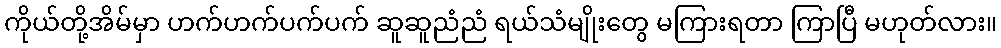
ကိုယ်တို့အိမ်မှာ ဟက်ဟက်ပက်ပက် ဆူဆူညံညံ ရယ်သံမျိုးတွေ မကြားရတာ ကြာပြီ မဟုတ်လား။